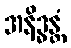
အနိဒ္ဓန္တံ